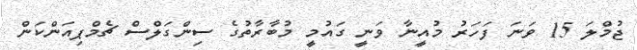
ޖުމްލަ 15 ވަނަ ފަހަރު މުއީނާ ވަނީ ގައުމީ މުބާރާތުގެ ސިންގަލްސް ޗެމްޕިއަންކަން